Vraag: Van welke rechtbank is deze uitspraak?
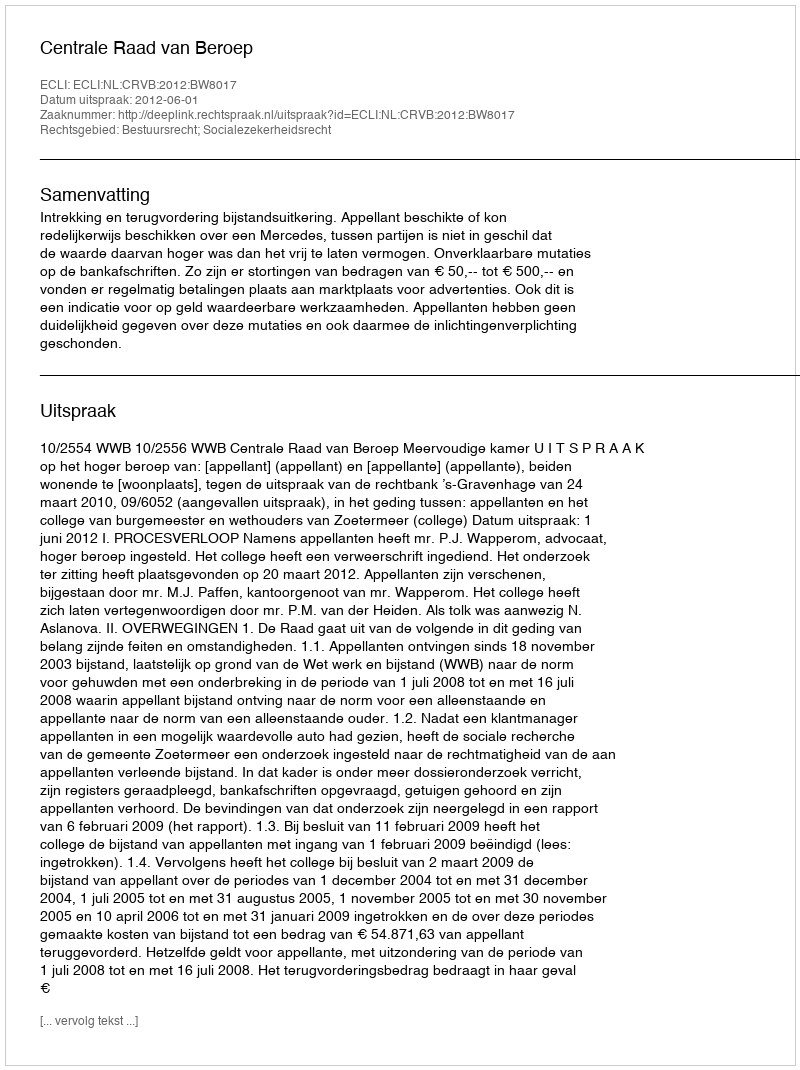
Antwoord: Centrale Raad van Beroep